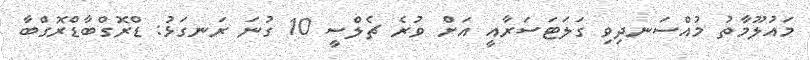
މައުލޫމާތު މުއްސަނދިވި ގަލަޓަސަރާއީ އަށް ވުރެ ޗެލްސީ 10 ގުނަ ރަނގަޅު: ޑްރޮގްބާޑްރޮގްބާ